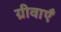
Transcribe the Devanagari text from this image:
ग्रीवाएँ